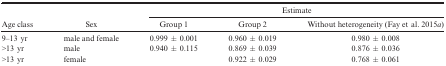
| <ROWSPAN=2> Age class | <ROWSPAN=2> Sex | <COLSPAN=3> Estimate |
 | Group 1 | Group 2 | Without heterogeneity (Fay et al. 2015a) |
 | --- | --- | --- | --- | --- |
 | 9–13 yr | male and female | 0.999 ± 0.001 | 0.960 ± 0.019 | 0.980 ± 0.008 |
 | >13 yr | male | 0.940 ± 0.115 | 0.869 ± 0.039 | 0.876 ± 0.036 |
 | >13 yr | female |  | 0.922 ± 0.029 | 0.768 ± 0.061 |